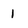
Character: 1